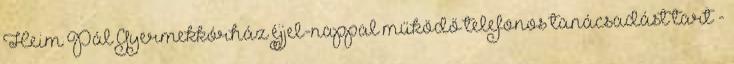
Heim Pál Gyermekkórház éjjel-nappal működő telefonos tanácsadást tart -